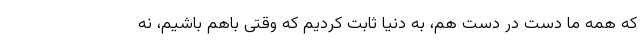
که همه ما دست در دست هم، به دنیا ثابت کردیم که وقتی باهم باشیم، نه